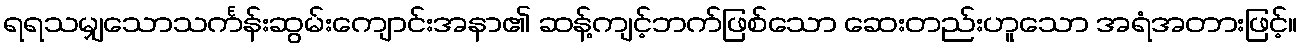
ရရသမျှသောသင်္ကန်းဆွမ်းကျောင်းအနာ၏ ဆန့်ကျင့်ဘက်ဖြစ်သော ဆေးတည်းဟူသော အရံအတားဖြင့်။